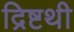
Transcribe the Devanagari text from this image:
द्रिष्टथी